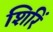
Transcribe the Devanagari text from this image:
शिरिं